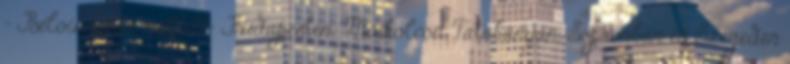
- Beloiannisz mellett- Budapesten, Miskolcon, Tatabányán, Sopronban és Szegeden